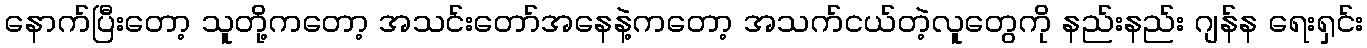
နောက်ပြီးတော့ သူတို့ကတော့ အသင်းတော်အနေနဲ့ကတော့ အသက်ငယ်တဲ့လူတွေကို နည်းနည်း ဂျန်န ရေးရှင်း